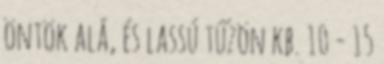
öntök alá, és lassú tűzön kb. 10 - 15